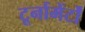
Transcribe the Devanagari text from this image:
टूर्नामेंर्टों